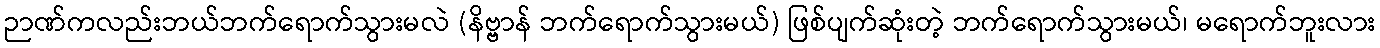
ဉာဏ်ကလည်းဘယ်ဘက်ရောက်သွားမလဲ (နိဗ္ဗာန် ဘက်ရောက်သွားမယ်) ဖြစ်ပျက်ဆုံးတဲ့ ဘက်ရောက်သွားမယ်၊ မရောက်ဘူးလား